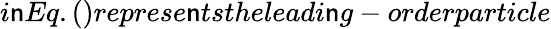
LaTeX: i\mathsf{n}Eq.()represe\mathsf{n}tstheleadi\mathsf{n}g-orderparticle